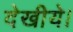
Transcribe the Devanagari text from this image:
देखीये।